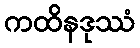
ကထိနဒုဿံ